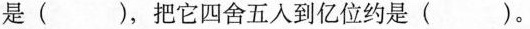
是( )，把它四舍五入到亿位约是( )。